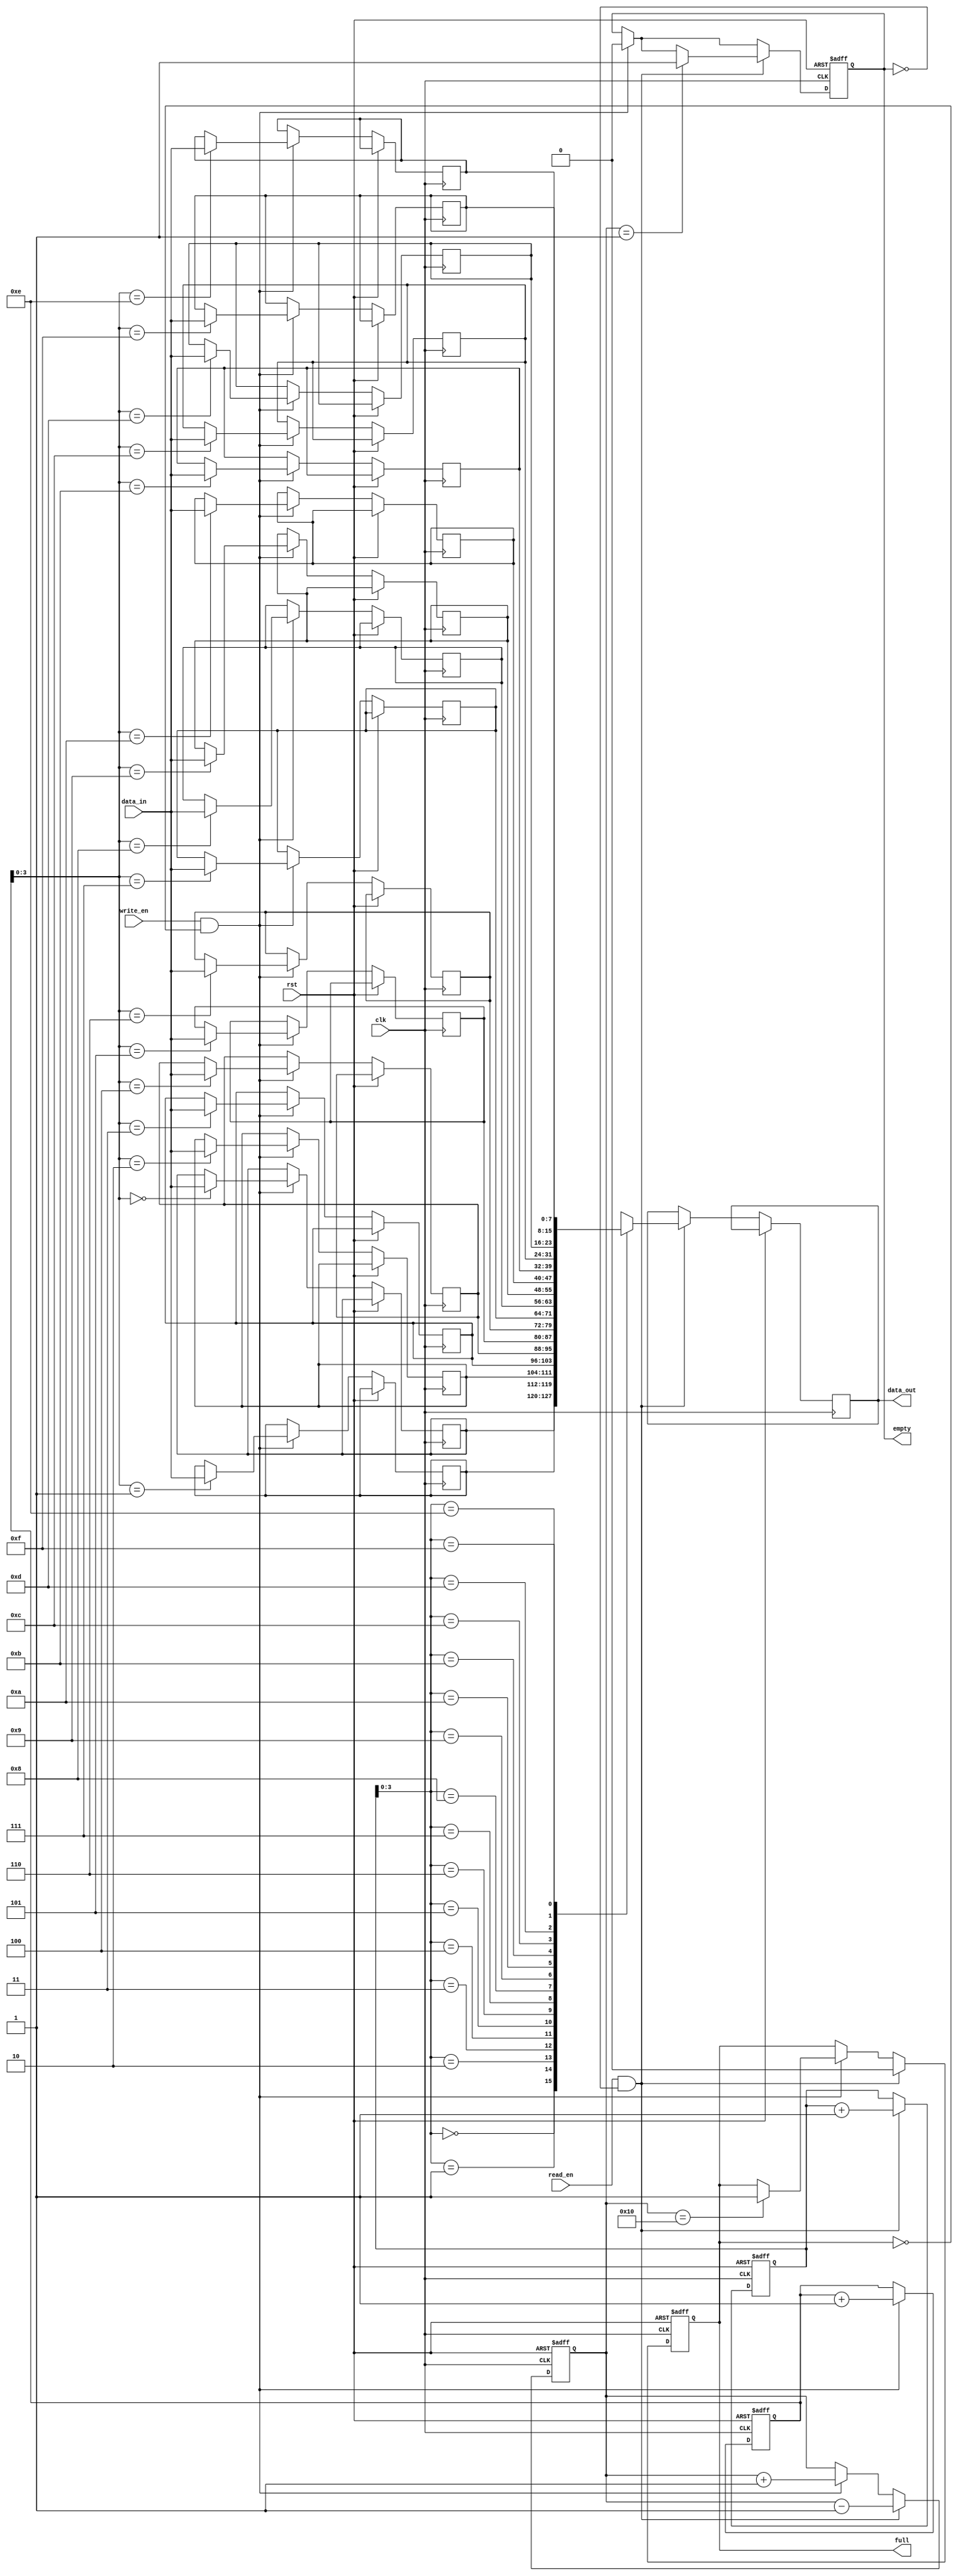
module SynchronousFIFO (
    input wire clk,
    input wire rst,
    input wire write_en,
    input wire read_en,
    input wire [DATA_WIDTH-1:0] data_in,
    output reg [DATA_WIDTH-1:0] data_out,
    output reg full,
    output reg empty
);

parameter DEPTH = 16;
parameter DATA_WIDTH = 8;

reg [DATA_WIDTH-1:0] buffer [0:DEPTH-1];
reg [DEPTH-1:0] write_ptr, read_ptr;
reg [DEPTH:0] count;

always @(posedge clk or posedge rst) begin
    if (rst) begin
        write_ptr <= 0;
        read_ptr <= 0;
        count <= 0;
        full <= 0;
        empty <= 1;
    end else begin
        if (write_en && !full) begin
            buffer[write_ptr] <= data_in;
            write_ptr <= write_ptr + 1;
            count <= count + 1;
            if (count == DEPTH) begin
                full <= 1;
            end
            empty <= 0;
        end

        if (read_en && !empty) begin
            data_out <= buffer[read_ptr];
            read_ptr <= read_ptr + 1;
            count <= count - 1;
            if (count == 1) begin
                empty <= 1;
            end
            full <= 0;
        end
    end
end

endmodule